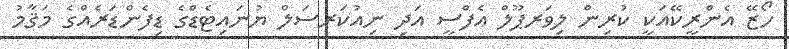
ހޯޒޭ އެންރީކޭއަކީ ކުރިން ލިވަރޕޫލް އެފްސީ އަދި ނިއުކަރސަލް ޔުނައިޓެޑްގެ ޑިފެންޑަރެއްގެ މަޤާމު